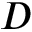
D